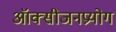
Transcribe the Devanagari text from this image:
ऑक्सीजनप्रयोग